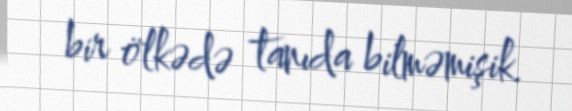
bir ölkədə tanıda bilməmişik.